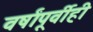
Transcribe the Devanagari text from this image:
वर्षांपूर्वीही